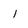
Character: 1